Problem: 9 × 8 = ?
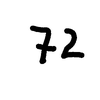
Handwritten answer: 72